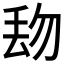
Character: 𱍘